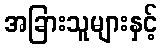
အခြားသူများနှင့်